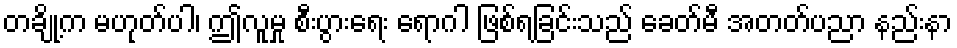
တချို့က မဟုတ်ပါ၊ ဤလူမှု စီးပွားရေး ရောဂါ ဖြစ်ရခြင်းသည် ခေတ်မီ အတတ်ပညာ နည်းနာ